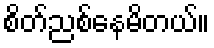
စိတ်ညစ်နေမိတယ်။